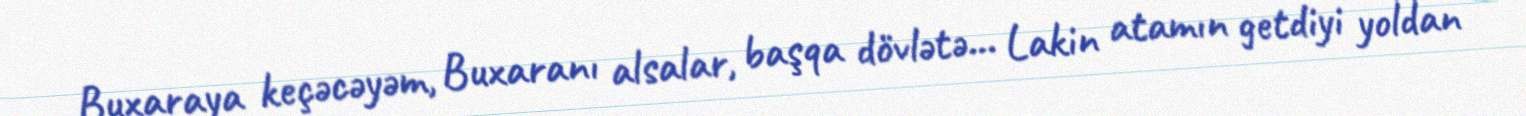
Buxaraya keçəcəyəm, Buxaranı alsalar, başqa dövlətə… Lakin atamın getdiyi yoldan